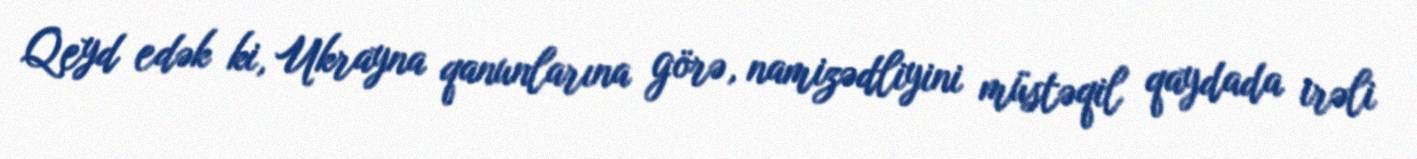
Qeyd edək ki, Ukrayna qanunlarına görə, namizədliyini müstəqil qaydada irəli